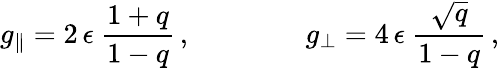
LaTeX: g_{\parallel}=2\, \epsilon\ \frac{1+q}{1-q}\, ,\qquad\qquad g_{\perp}=4\, \epsilon\ \frac{\sqrt{q}}{1-q}\, ,